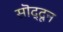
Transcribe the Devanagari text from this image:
सॊद्दून